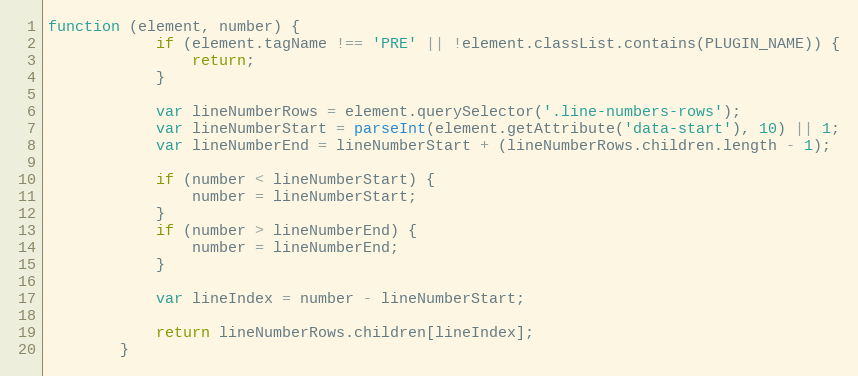
Language: JavaScript
function (element, number) {
			if (element.tagName !== 'PRE' || !element.classList.contains(PLUGIN_NAME)) {
				return;
			}

			var lineNumberRows = element.querySelector('.line-numbers-rows');
			var lineNumberStart = parseInt(element.getAttribute('data-start'), 10) || 1;
			var lineNumberEnd = lineNumberStart + (lineNumberRows.children.length - 1);

			if (number < lineNumberStart) {
				number = lineNumberStart;
			}
			if (number > lineNumberEnd) {
				number = lineNumberEnd;
			}

			var lineIndex = number - lineNumberStart;

			return lineNumberRows.children[lineIndex];
		}